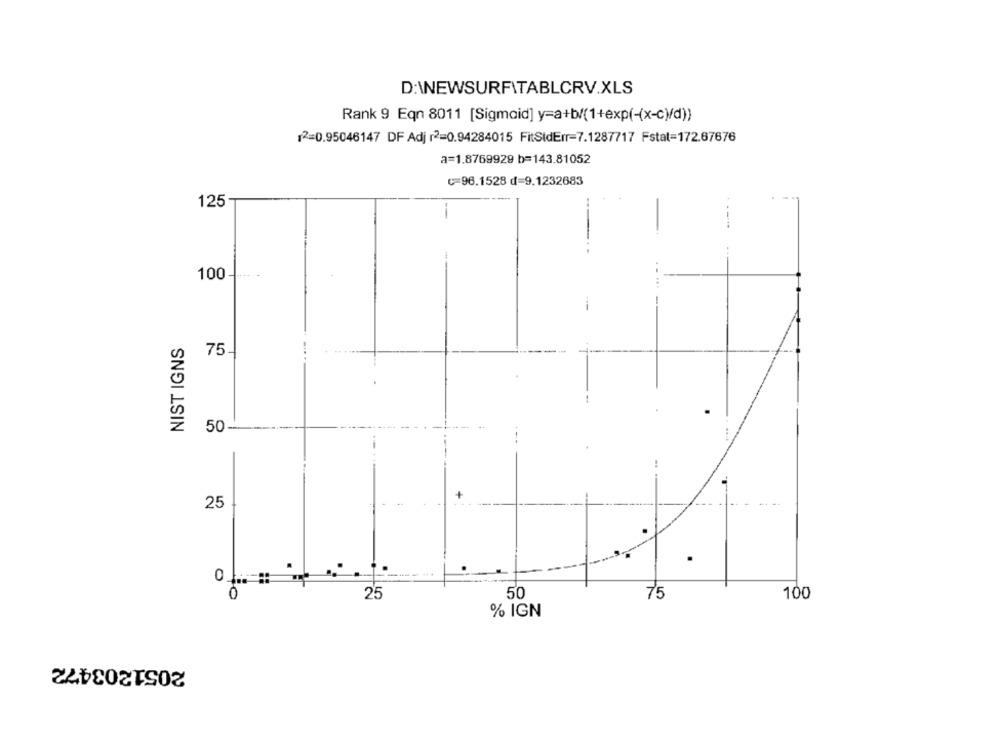
D:\NEWSURFITABLCRV.XLS
Rank 9 Eqn 8011 [Sigmoid] y=a+b/(1+exp(-(x-c)/d)
12=0.95046147 DF Adj r2=0.94284015 FitStdErr=7.1287717 Fstat=172.67676
a=1.8769929 b=143.81052
C=96.1528 d=9.1232683
125-
--
100-
NIST IGNS
75
50-
25
0
25
50
75
100
% IGN
2051203472